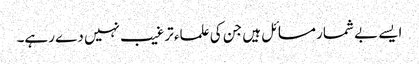
ایسے بے شمار مسائل ہیں جن کی علماء ترغیب نہیں دے رہے۔